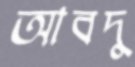
আবদু